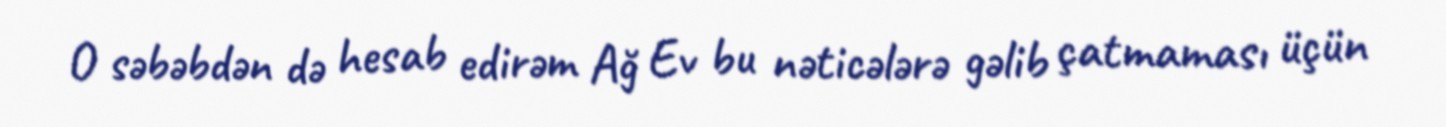
O səbəbdən də hesab edirəm Ağ Ev bu nəticələrə gəlib çatmaması üçün